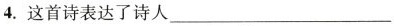
4.这首诗表达了诗人___